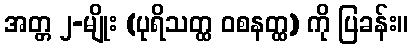
အတ္တ ၂-မျိုး (ပုရိသတ္ထ ဝစနတ္ထ) ကို ပြခန်း။